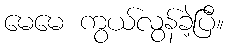
မေမေ ကွယ်လွန်ခဲ့ပြီ။